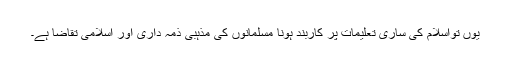
یوں تواسلام کی ساری تعلیمات پر کاربند ہونا مسلمانوں کی مذہبی ذمہ داری اور اسلامی تقاضا ہے۔